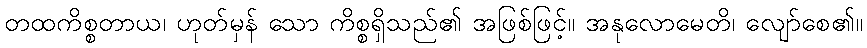
တထကိစ္စတာယ၊ ဟုတ်မှန် သော ကိစ္စရှိသည်၏ အဖြစ်ဖြင့်။ အနုလောမေတိ၊ လျော်စေ၏။